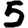
Digit: 5